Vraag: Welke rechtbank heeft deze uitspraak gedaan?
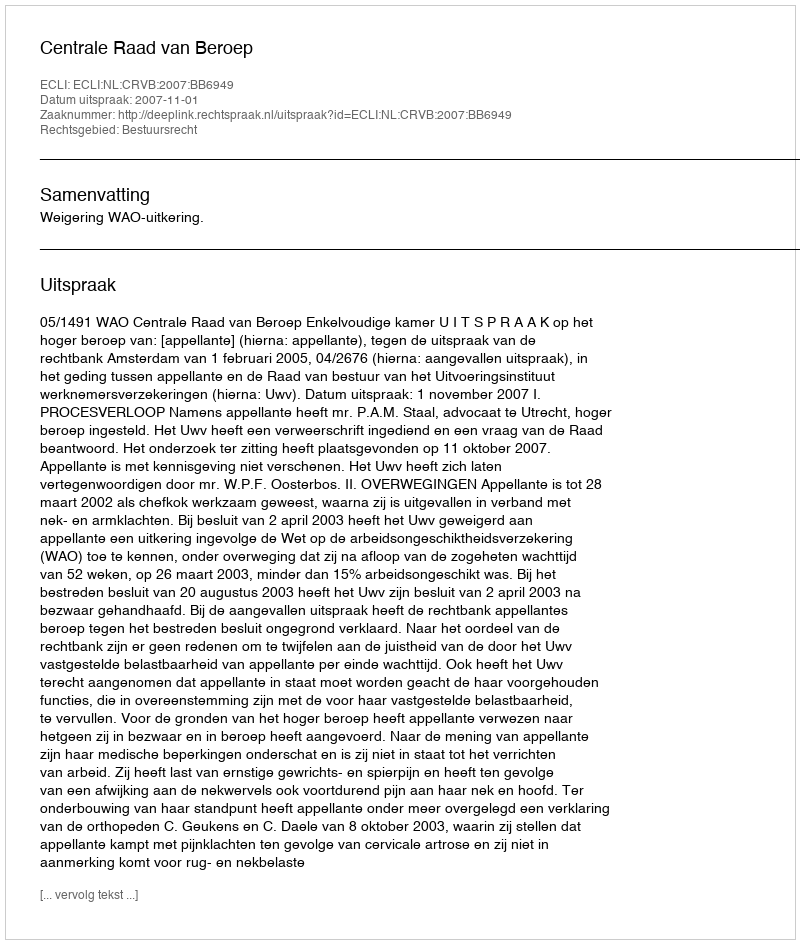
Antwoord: Centrale Raad van Beroep